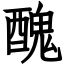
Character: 醜